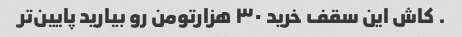
. کاش این سقف خرید ۳۰ هزارتومن رو بیارید پایین‌تر